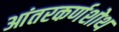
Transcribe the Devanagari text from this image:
आंतरकर्णशोथ